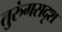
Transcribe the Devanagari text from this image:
तुरुंगसदृश